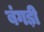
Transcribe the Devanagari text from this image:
बंगड़ी